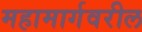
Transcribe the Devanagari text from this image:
महामार्गवरील